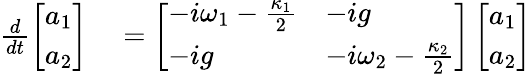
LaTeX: \begin{array}{rl}{\frac{d}{dt}\left[\begin{array}{l}{a_{1}}\\ {a_{2}}\end{array}\right]}&{{}=\left[\begin{array}{ll}{-i\omega_{1}-\frac{\kappa_{1}}{2}}&{-ig}\\ {-ig}&{-i\omega_{2}-\frac{\kappa_{2}}{2}}\end{array}\right]\left[\begin{array}{l}{a_{1}}\\ {a_{2}}\end{array}\right]}\end{array}